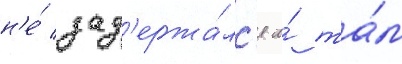
н'е́ зад'ержа́лс'я и́ та́м